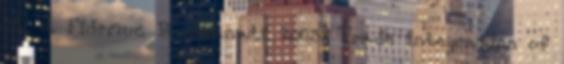
M. J. Fidrmuc B. Schnatz 2005: Trade integration of